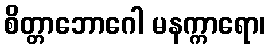
စိတ္တာဘောဂေါ မနက္ကာရော၊